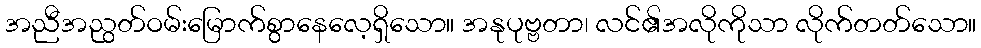
အညီအညွတ်ဝမ်းမြောက်စွာနေလေ့ရှိသော။ အနုပုဗ္ဗတာ၊ လင်၏အလိုကိုသာ လိုက်တတ်သော။